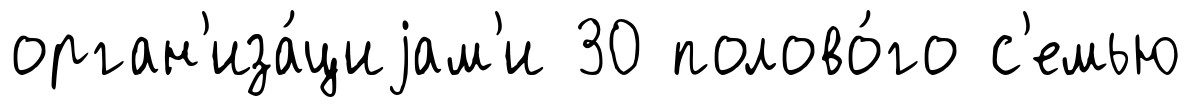
орган'иза́циjам'и 30 полово́го с'емью